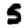
Digit: 5